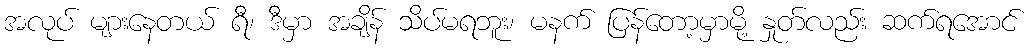
အလုပ် များနေတယ် ရီ၊ ဒီမှာ အချိန် သိပ်မရဘူး၊ မနက် ပြန်တော့မှာမို့ နှုတ်လည်း ဆက်ရအောင်